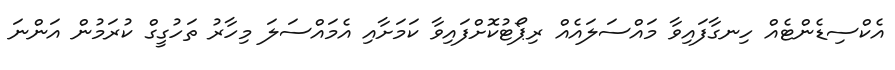
އެކްސިޑެންޓެއް ހިނގާފައިވާ މައްސަލައެއް ރިޕޯޓުކޮށްފައިވާ ކަމަށާއި އެމައްސަލަ މިހާރު ތަހުގީގް ކުރަމުން އަންނަ